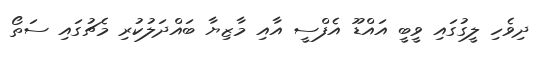
ދިވެހި ލީގުގައި ވީބީ އައްޑޫ އެފްސީ އާއި މާޒިޔާ ބައްދަލުކުރި މެޗުގައި ސަތޯ